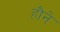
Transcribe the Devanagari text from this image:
हौने